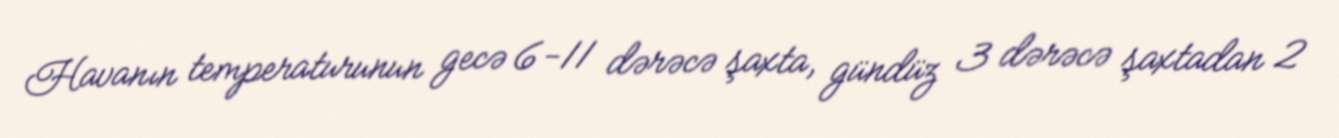
Havanın temperaturunun gecə 6-11 dərəcə şaxta, gündüz 3 dərəcə şaxtadan 2